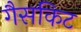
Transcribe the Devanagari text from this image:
गैसकिट